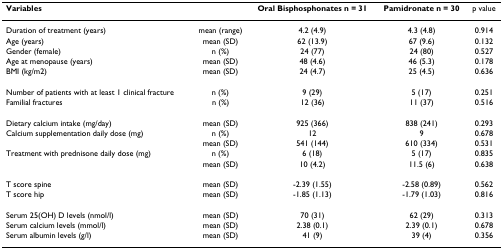
<table><thead><tr><td><b>Variables</b></td><td></td><td><b>Oral Bisphosphonates n = 31</b></td><td><b>Pamidronate n = 30</b></td><td><b>p value</b></td></tr></thead><tbody><tr><td>Duration of treatment (years)</td><td>mean (range)</td><td>4.2 (4.9)</td><td>4.3 (4.8)</td><td>0.914</td></tr><tr><td>Age (years)</td><td>mean (SD)</td><td>62 (13.9)</td><td>67 (9.6)</td><td>0.132</td></tr><tr><td>Gender (female)</td><td>n (%)</td><td>24 (77)</td><td>24 (80)</td><td>0.527</td></tr><tr><td>Age at menopause (years)</td><td>mean (SD)</td><td>48 (4.6)</td><td>46 (5.3)</td><td>0.178</td></tr><tr><td>BMI (kg/m2)</td><td>mean (SD)</td><td>24 (4.7)</td><td>25 (4.5)</td><td>0.636</td></tr><tr><td>Number of patients with at least 1 clinical fracture</td><td>n (%)</td><td>9 (29)</td><td>5 (17)</td><td>0.251</td></tr><tr><td>Familial fractures</td><td>n (%)</td><td>12 (36)</td><td>11 (37)</td><td>0.516</td></tr><tr><td>Dietary calcium intake (mg/day)</td><td>mean (SD)</td><td>925 (366)</td><td>838 (241)</td><td>0.293</td></tr><tr><td>Calcium supplementation daily dose (mg)</td><td>n (%)</td><td>12</td><td>9</td><td>0.678</td></tr><tr><td></td><td>mean (SD)</td><td>541 (144)</td><td>610 (334)</td><td>0.531</td></tr><tr><td>Treatment with prednisone daily dose (mg)</td><td>n (%)</td><td>6 (18)</td><td>5 (17)</td><td>0.835</td></tr><tr><td></td><td>mean (SD)</td><td>10 (4.2)</td><td>11.5 (6)</td><td>0.638</td></tr><tr><td>T score spine</td><td>mean (SD)</td><td>-2.39 (1.55)</td><td>-2.58 (0.89)</td><td>0.562</td></tr><tr><td>T score hip</td><td>mean (SD)</td><td>-1.85 (1.13)</td><td>-1.79 (1.03)</td><td>0.816</td></tr><tr><td>Serum 25(OH) D levels (nmol/l)</td><td>mean (SD)</td><td>70 (31)</td><td>62 (29)</td><td>0.313</td></tr><tr><td>Serum calcium levels (mmol/l)</td><td>mean (SD)</td><td>2.38 (0.1)</td><td>2.39 (0.1)</td><td>0.678</td></tr><tr><td>Serum albumin levels (g/l)</td><td>mean (SD)</td><td>41 (9)</td><td>39 (4)</td><td>0.356</td></tr></tbody></table>